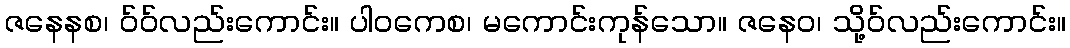
ဇနေနစ၊ ဝ်ဝ်လည်းကောင်း။ ပါဝကေစ၊ မကောင်းကုန်သော။ ဇနေဝ၊ သို့ဝ်လည်းကောင်း။